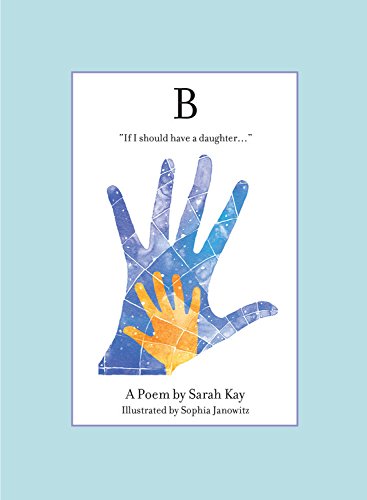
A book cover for B; Sarah Kay; Literature & Fiction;